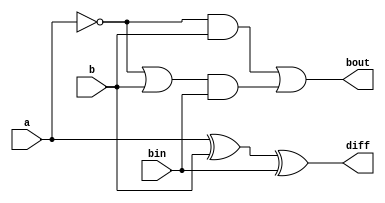
module full_subtractor (
    input a,
    input b,
    input bin,
    output diff,
    output bout
);

assign diff = a ^ b ^ bin;
assign bout = (~a & b) | ((~a | b) & bin);

endmodule